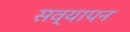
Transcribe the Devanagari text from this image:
सव्यापन